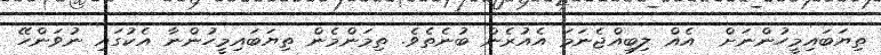
ތިޔަބައިމީހުންނަށް  އެއް ލިބިއްޖެނަމަ އެއުރެން ބުނެތެވެ. ތިމަންމެން ތިޔަބައިމީހުންނާ އެކުގައި ނުވަންހޭ